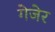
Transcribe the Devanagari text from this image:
गेजेर